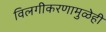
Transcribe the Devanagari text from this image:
विलगीकरणामुळेही